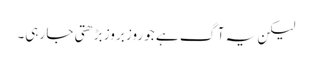
لیکن یہ آگ ہے جو روز بروز بڑھتی جا رہی۔